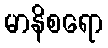
မာနိစရော